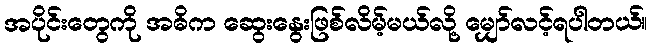
အပိုင်းတွေကို အဓိက ဆွေးနွေးဖြစ်လိမ့်မယ်လို့ မျှော်လင့်ရပါတယ်။